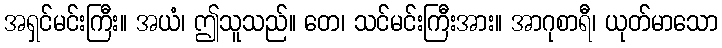
အရှင်မင်းကြီး။ အယံ၊ ဤသူသည်။ တေ၊ သင်မင်းကြီးအား။ အာဂုစာရီ၊ ယုတ်မာသော